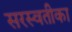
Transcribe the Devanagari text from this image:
सरस्वतीका